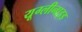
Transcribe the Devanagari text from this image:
यूग्लीनाइड